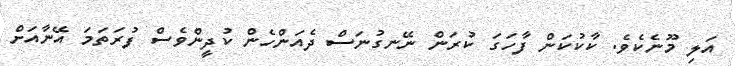
އަލި މޫނެކެވެ. ކާކުކަން ފާހަގަ ކުރަން ނޭނގުނަސް ދެއަންހެން ކުދީންވެސް ފުރަތަމަ އޭނާއަށް